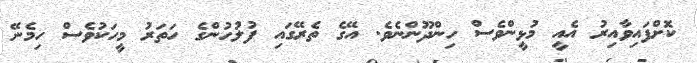
ކޮށްފައިވާއިރު އެއީ މުޅީންވެސް ހިންދޫންނެވެ. އޭގެ ތެރޭގައި ފުލުހުންގެ ހަތަރު މީހަކުވެސް ހިމެނޭ